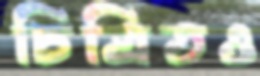
চিত্রিতও